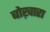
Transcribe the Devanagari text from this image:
बोख़ारा